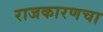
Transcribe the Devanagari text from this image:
राजकारणचा